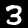
Label: 3